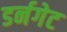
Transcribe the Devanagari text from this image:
डर्नगेट